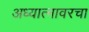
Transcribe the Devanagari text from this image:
अध्यात्मावरचा